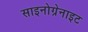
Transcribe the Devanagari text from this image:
साइनोग्रेनाइट